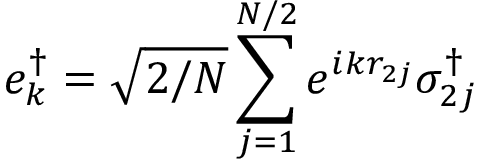
e _ { k } ^ { \dagger } = \sqrt { 2 / N } \sum _ { j = 1 } ^ { N / 2 } e ^ { i k r _ { 2 j } } \sigma _ { 2 j } ^ { \dagger }